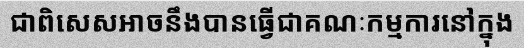
ជាពិសេសអាចនឹងបានធ្វើជាគណៈកម្មការនៅក្នុង